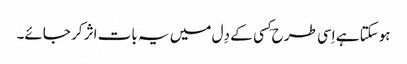
ہوسکتا ہے اِسی طرح کِسی کے دِل میں یہ بات اثر کر جائے۔